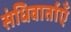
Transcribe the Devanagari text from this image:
संधिवार्ताएँ